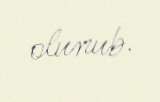
olunub.